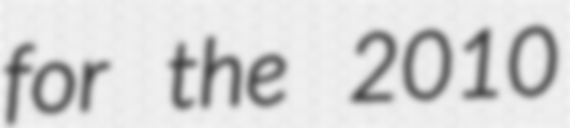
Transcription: for the 2010